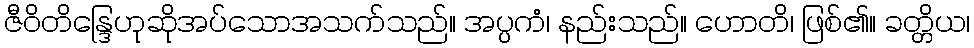
ဇီဝိတိန္ဒြေဟုဆိုအပ်သောအသက်သည်။ အပ္ပကံ၊ နည်းသည်။ ဟောတိ၊ ဖြစ်၏။ ခတ္တိယ၊